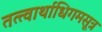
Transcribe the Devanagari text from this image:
तत्त्वार्थाधिगमसूत्र